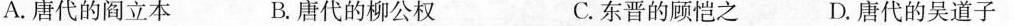
A.唐代的阎立本 B.唐代的柳公权 C.东晋的顾恺之 D.唐代的吴道子